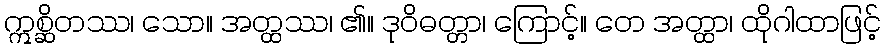
ဣစ္ဆိတဿ၊ သော။ အတ္ထဿ၊ ၏။ ဒုဝိဓတ္တာ၊ ကြောင့်။ တေ အတ္ထာ၊ ထိုဂါထာဖြင့်